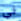
لي